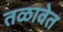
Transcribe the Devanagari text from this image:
तळावेत